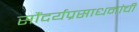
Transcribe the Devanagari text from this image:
सौंदर्यप्रसाधनांची